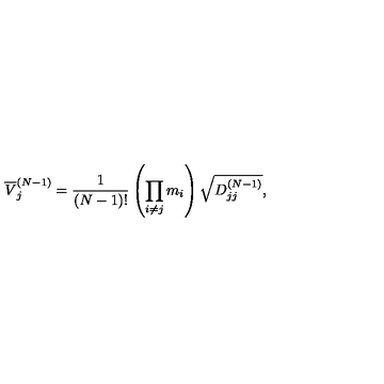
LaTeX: \overline { { V } } _ { j } ^ { ( N - 1 ) } = \frac { 1 } { ( N - 1 ) ! } \left( \prod _ { i \neq j } ^ { } m _ { i } \right) \sqrt { D _ { j j } ^ { ( N - 1 ) } } ,